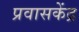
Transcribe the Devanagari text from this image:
प्रवासकेंद्र